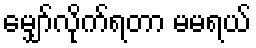
မျှော်လိုက်ရတာ မမရယ်